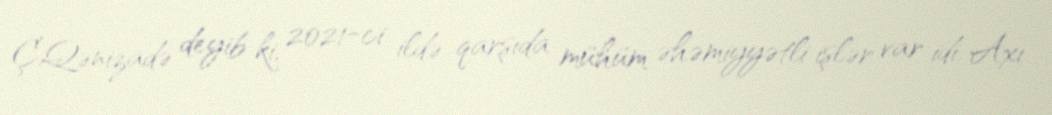
Ç.Qənizadə deyib ki, 2021-ci ildə qarşıda mühüm əhəmiyyətli işlər var idi. Axı